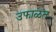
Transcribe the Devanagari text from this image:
उफाळत